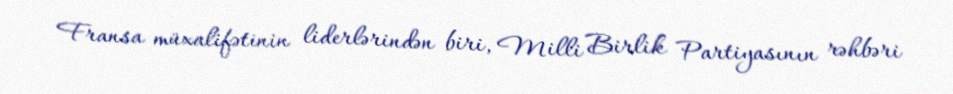
Fransa müxalifətinin liderlərindən biri, Milli Birlik Partiyasının rəhbəri